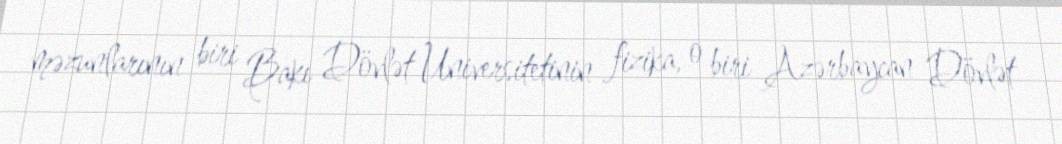
məzunlarının biri Bakı Dövlət Universitetinin fizika, o biri Azərbaycan Dövlət